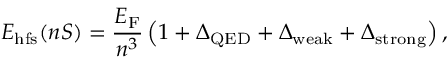
E _ { \mathrm { h f s } } ( n S ) = \frac { E _ { \mathrm { F } } } { n ^ { 3 } } \left( 1 + \Delta _ { \mathrm { Q E D } } + \Delta _ { \mathrm { w e a k } } + \Delta _ { \mathrm { s t r o n g } } \right) ,